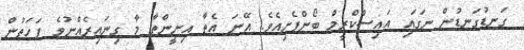
ގަނޑުގަނޑުން ނަގައި އައިސްކްރީމް ބޯންފެށިއެވެ. އޭނަ އެތާ އިށީންތާ މާ ގިނައިރެއްނުވެ ފަހަތުން